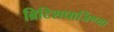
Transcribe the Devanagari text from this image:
ब्रिटिशधार्जिण्या